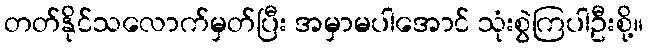
တတ်နိုင်သလောက်မှတ်ပြီး အမှာမပါအောင် သုံးစွဲကြပါဦးစို့။